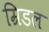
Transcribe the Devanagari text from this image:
म्रिडल